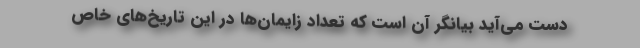
دست می‌آید بیانگر آن است که تعداد زایمان‌ها در این تاریخ‌های خاص